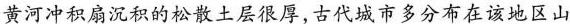
黄河冲积扇沉积的松散土层很厚，古代城市多分布在该地区山